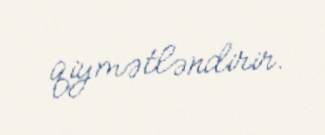
qiymətləndirir.